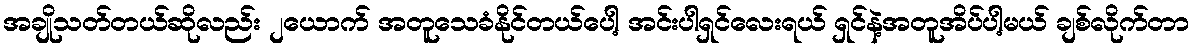
အချိုသတ်တယ်ဆိုလည်း ၂ယောက် အတူသေခံနိုင်တယ်ပေါ့ အင်းပါရှင်လေးရယ် ရှင်နဲ့အတူအိပ်ပါ့မယ် ချစ်လိုက်တာ